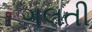
ગલતી